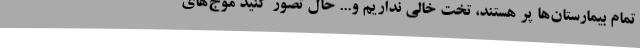
تمام بیمارستان‌ها پر هستند، تخت خالی نداریم و... حال تصور کنید موج‌های